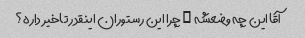
آقا این چه وضعشه … چرا این رستوران اینقدر تاخیر داره؟